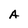
Character: A